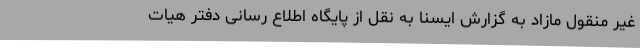
غیر منقول مازاد به گزارش ایسنا به نقل از پایگاه اطلاع رسانی دفتر هیات